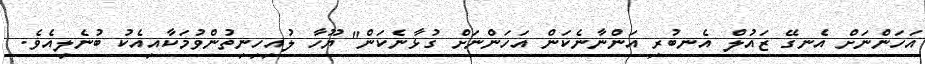
އަހަންނަށް އެނގޭ ޒައުލް އެނބުރި އަންނާނެކަން އަހަންނަށް ގުޅާނެކަން" ޔޫހާ ލުއިހިނިތުންވުމަކާއިއެކު ބުނެލިއެވެ.